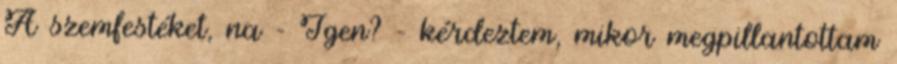
A szemfestéket, na - Igen? - kérdeztem, mikor megpillantottam